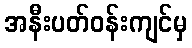
အနီးပတ်ဝန်းကျင်မှ